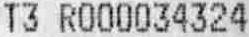
T3 R000034324